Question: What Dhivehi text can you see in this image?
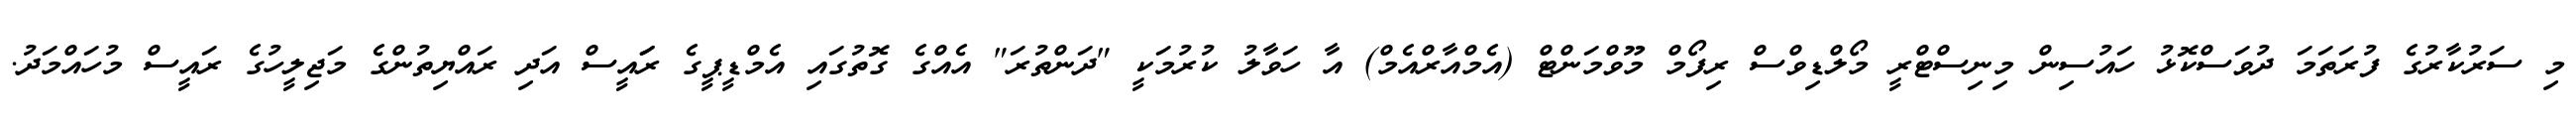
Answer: މި ސަރުކާރުގެ ފުރަތަމަ ދުވަސްކޮޅު ހައުސިން މިނިސްޓްރީ މޯލްޑިވްސް ރިފޯމް މޫވްމަންޓް (އެމްއާރްއެމް) އާ ހަވާލު ކުރުމަކީ "ދަންތުރަ" އެއްގެ ގޮތުގައި އެމްޑީޕީގެ ރަައީސް އަދި ރައްޔިތުންގެ މަޖިލީހުގެ ރައީސް މުހައްމަދު.